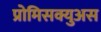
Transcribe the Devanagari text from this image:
प्रोमिसक्युअस